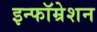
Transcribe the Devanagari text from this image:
इन्फॉम्रेशन